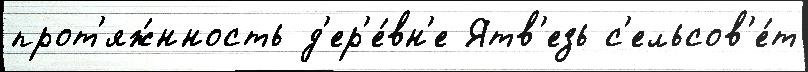
прот'яж́нность д'ер'е́вн'е Ятв'езь с'ельсов'е́т